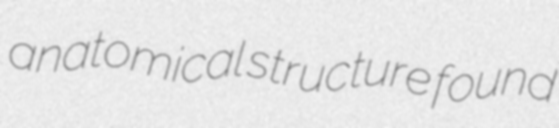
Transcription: anatomical structure found